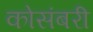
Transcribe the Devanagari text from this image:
कोसंबरी